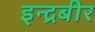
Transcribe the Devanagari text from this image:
इन्द्रबीर